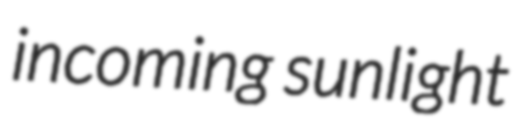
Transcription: incoming sunlight